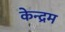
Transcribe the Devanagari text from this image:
केन्द्रम